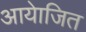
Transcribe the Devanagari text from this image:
आयेाजित